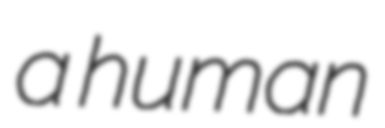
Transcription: a human